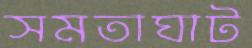
সমতাঘাট